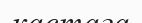
кастаға